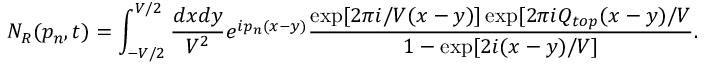
N _ { R } ( p _ { n } , t ) = \int _ { - V / 2 } ^ { V / 2 } \frac { d x d y } { V ^ { 2 } } e ^ { i p _ { n } ( x - y ) } \frac { \exp [ 2 \pi i / V ( x - y ) ] \exp [ 2 \pi i Q _ { t o p } ( x - y ) / V } { 1 - \exp [ 2 i ( x - y ) / V ] } .